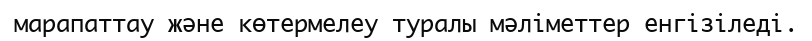
марапаттау және көтермелеу туралы мәліметтер енгізіледі.